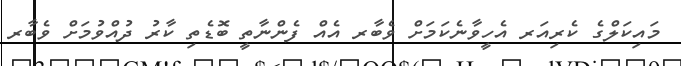
މައިކަލްގެ ކެރިއަރ އެހީވާނެކަމަށް ވެބާރ އެއް ފެންނާތީ ބޮޑެތި ކާރު ދުއްވުމަށް ވެބާރ